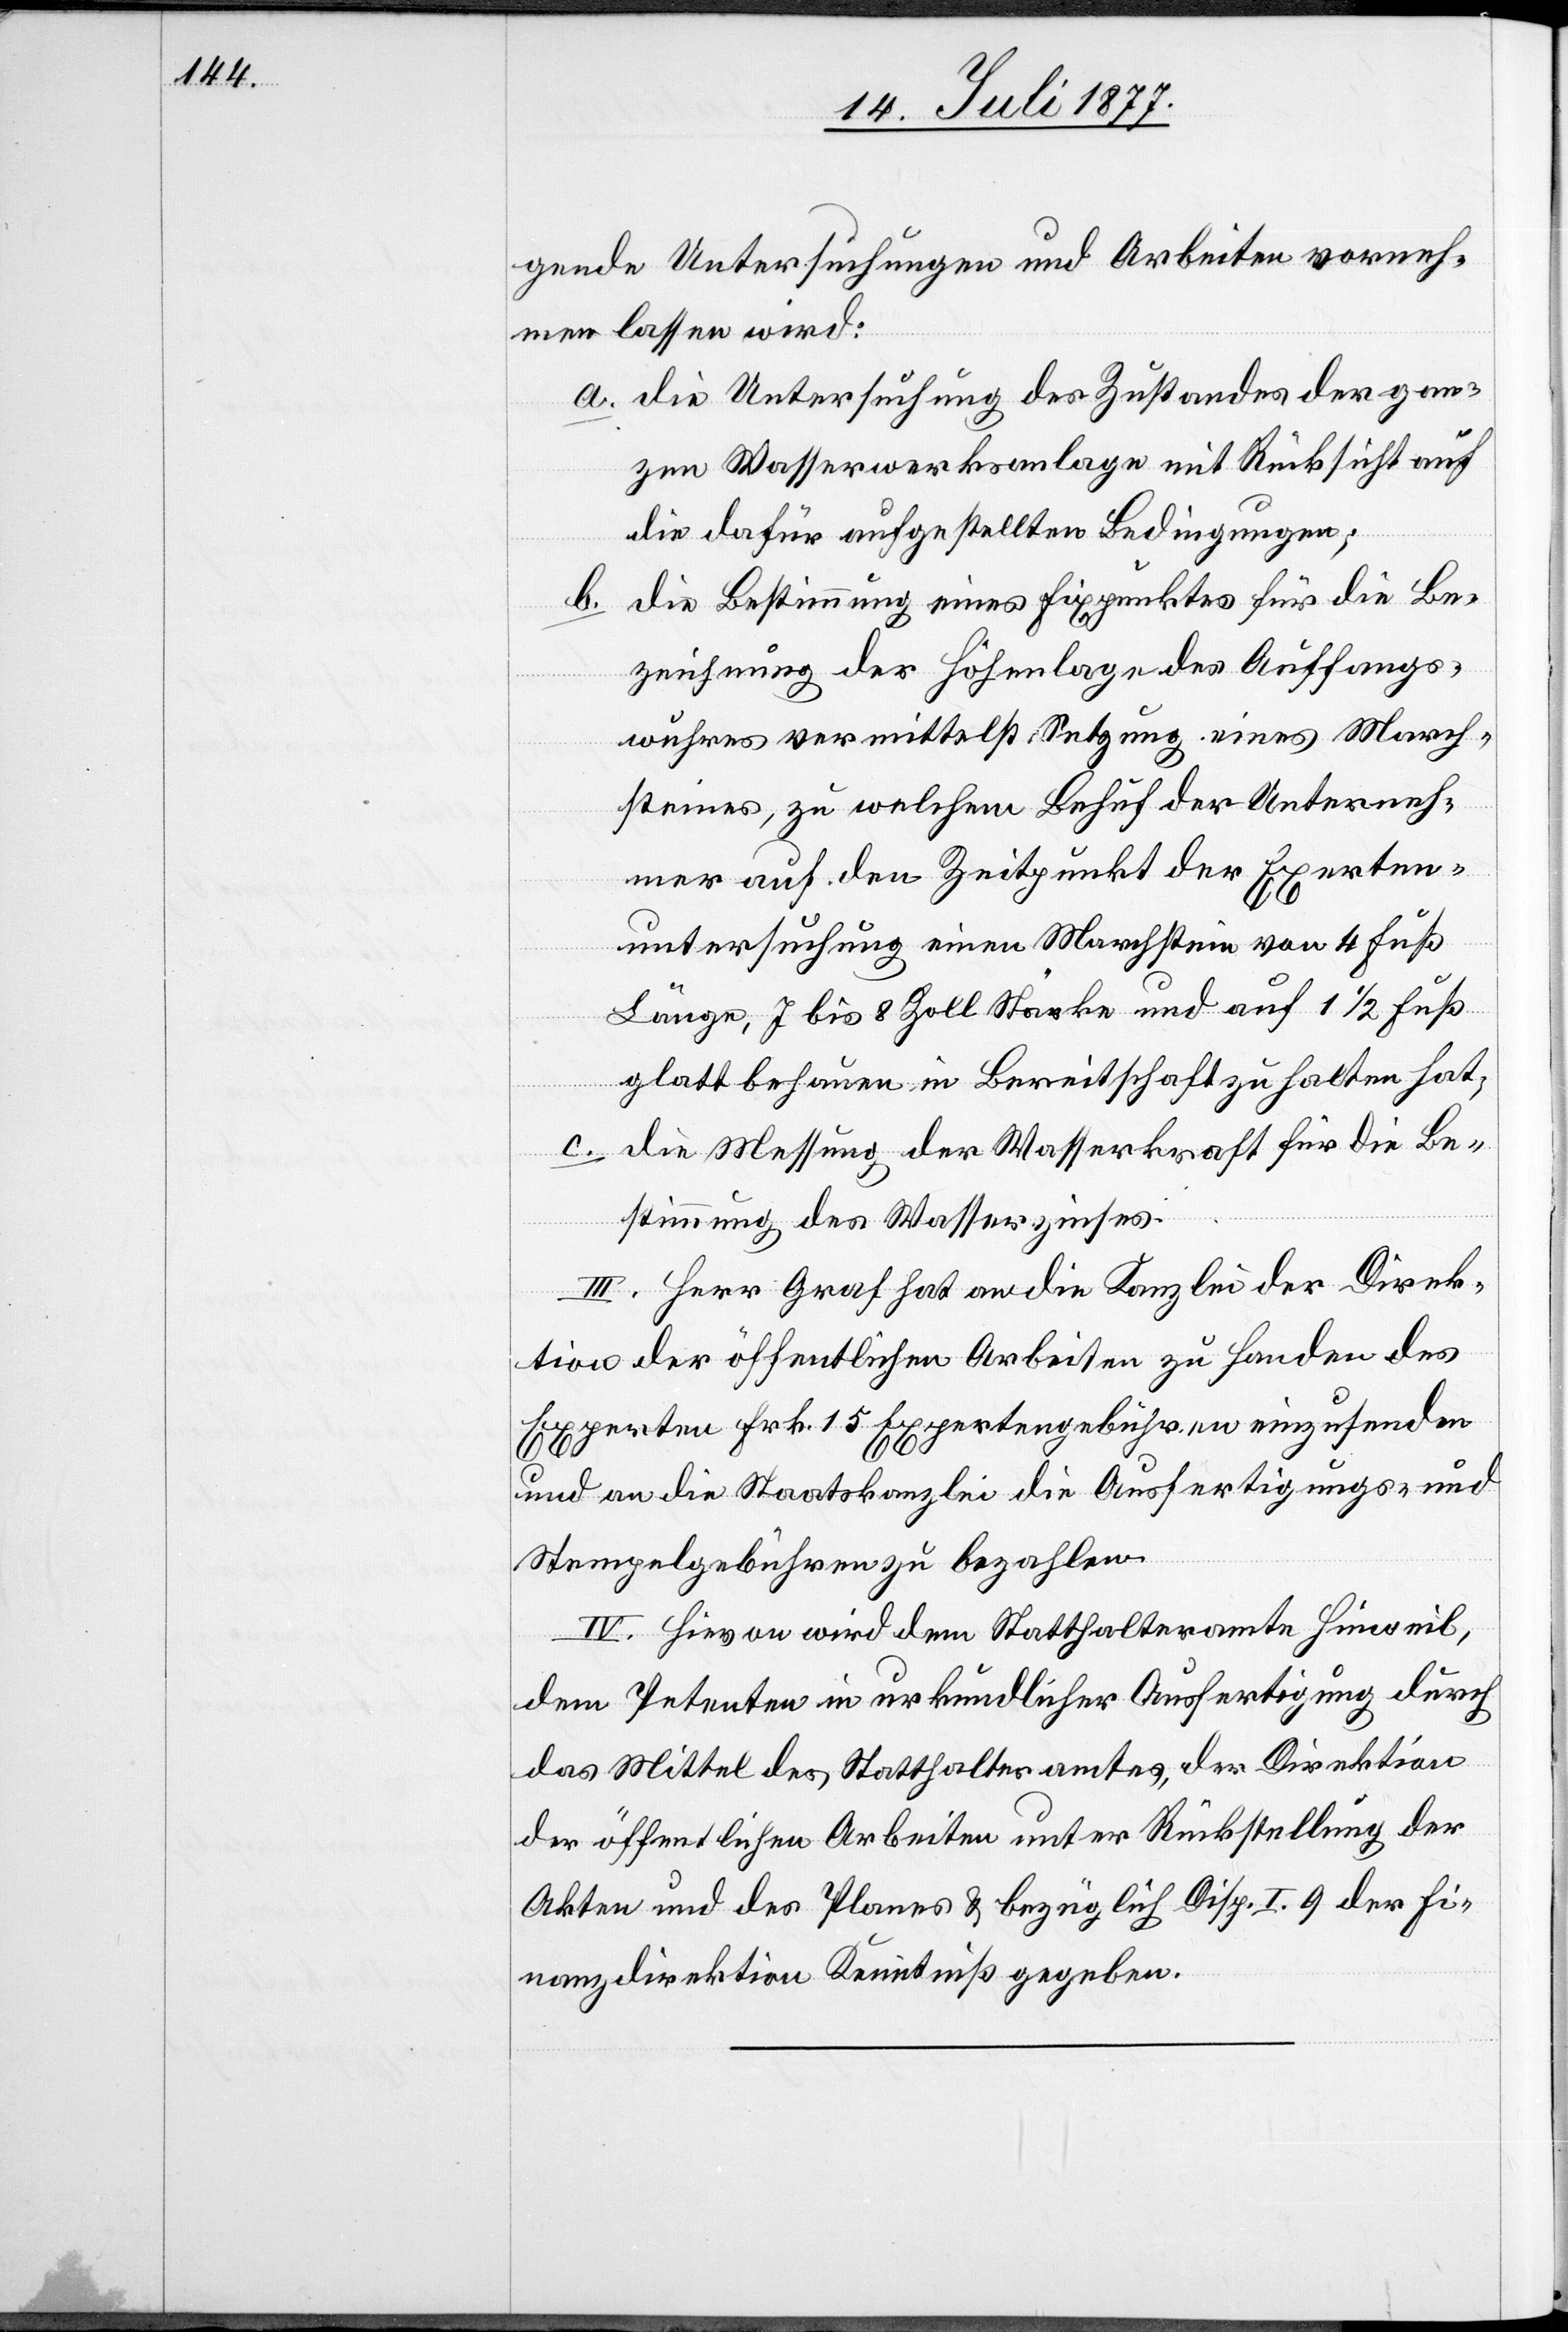
gende Untersuchungen und Arbeiten vorneh¬
men lassen wird:
die Untersuchung des Zustandes der gan¬
zen Wasserwerksanlage mit Rücksicht auf
die dafür aufgestellten Bedingungen;
die Bestimmung eines Fixpunktes für die Be¬
b.
zeichnung der Höhenlage des Auffangs¬
wuhres vermittelst Setzung eines March¬
a.
steines, zu welchem Behuf der Unterneh¬
mer auf den Zeitpunkt der Experten¬
untersuchung einen Marchstein von 4 Fuß
Länge, 7 bis 8 Zoll Stärke und auf 1 1/2 Fuß
glatt behauen in Bereitschaft zu halten hat;
die Messung der Wasserkraft für die Be¬
stimmung des Wasserzinses.
III. Herr Graf hat an die Kanzlei der Direk¬
tion der öffentlichen Arbeiten zu Handen des
Experten Frk. 15 Expertengebühren einzusenden
und an die Staatskanzlei die Ausfertigungs- und
Stempelgebühren zu bezahlen.
IV. Hievon wird dem Statthalteramte Hinweil,
dem Petenten in urkundlicher Ausfertigung durch
das Mittel des Statthalteramtes, der Direktion
der öffentlichen Arbeiten unter Rückstellung der
Akten und des Planes & bezüglich Disp. I. 9 der Fi¬
nanzdirektion Kenntniß gegeben.